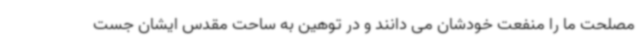
مصلحت ما را منفعت خودشان می دانند و در توهین به ساحت مقدس ایشان جست